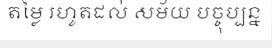
តម្លៃ រហូតដល់ សម័យ បច្ចុប្បន្ន